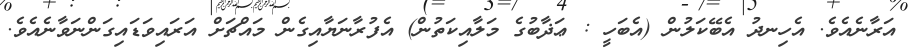
އަރާނެއެވެ. އެހިނދު އެބޭކަލުން (އެބަހީ : ޢަޛާބުގެ މަލާއިކަތުން) އެފުރާނަޔާއިގެން މައްޗަށް އަރައިވަޑައިގަންނަވާނެއެވެ.